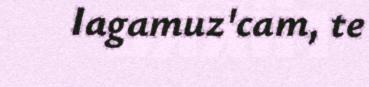
Iagamuz'cam, te